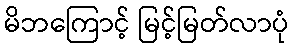
မိဘကြောင့် မြင့်မြတ်လာပုံ